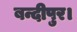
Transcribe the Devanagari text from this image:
बन्दीपुर।